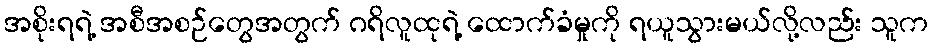
အစိုးရရဲ့ အစီအစဉ်တွေအတွက် ဂရိလူထုရဲ့ ထောက်ခံမှုကို ရယူသွားမယ်လို့လည်း သူက